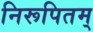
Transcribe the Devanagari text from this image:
निरूपितम्